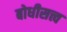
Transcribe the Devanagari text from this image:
बोधीसत्त्व